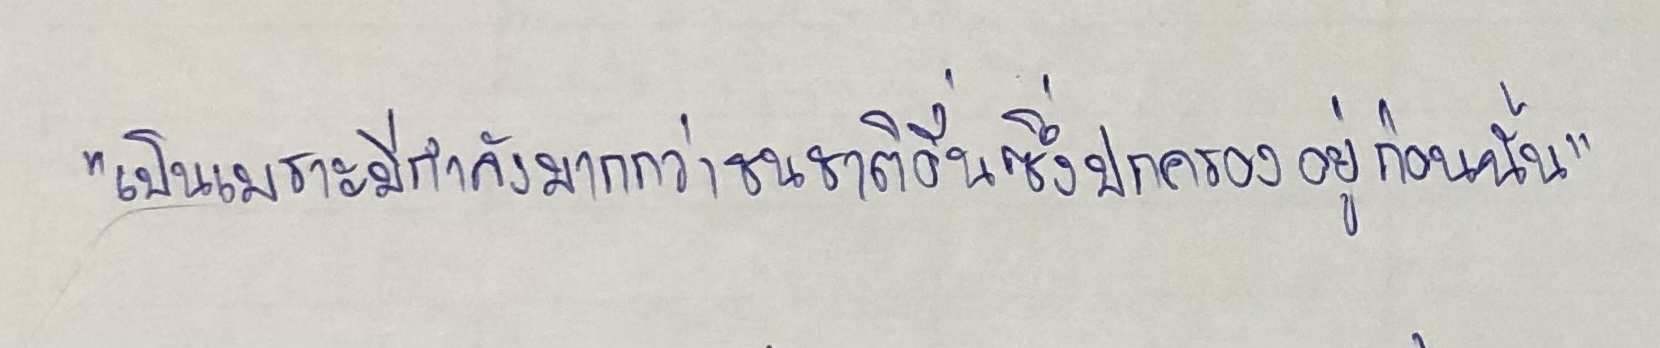
"เป็นเพราะมีกำลังมากกว่าชนชาติอื่นซึ่งปกครองอยู่ก่อนนั้น"